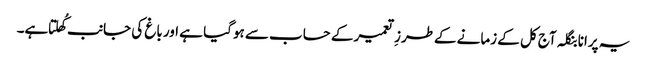
یہ پرانا بنگلہ آج کل کے زمانے کےطرزِ تعمیر کے حساب سے ہوگیا ہے اور باغ کی جانب کُھلتا ہے۔